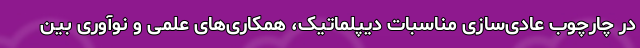
در چارچوب عادی‌سازی مناسبات دیپلماتیک، همکاری‌های علمی و نوآوری بین